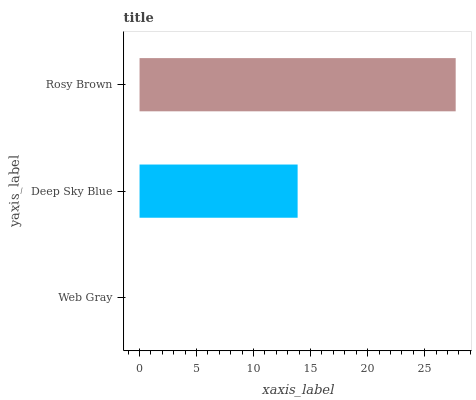
| yaxis_label | bars |
 | --- | --- |
 | Web Gray | 0 |
 | Deep Sky Blue | 13.9 |
 | Rosy Brown | 27.7 |